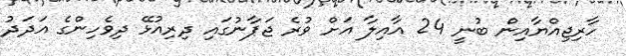
ހާރިޖިއްޔާއިން ބުނީ 24 އާއިލާ އަށް ވުރެ ޖަޕާނުގައި ދިރިއުޅޭ ދިވެހިންގެ އަދަދު